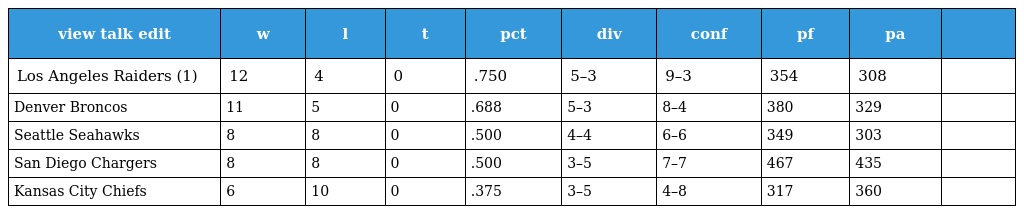
| view talk edit | w | l | t | pct | div | conf | pf | pa |  |
 | --- | --- | --- | --- | --- | --- | --- | --- | --- | --- |
 | Los Angeles Raiders (1) | 12 | 4 | 0 | .750 | 5–3 | 9–3 | 354 | 308 |  |
 | Denver Broncos | 11 | 5 | 0 | .688 | 5–3 | 8–4 | 380 | 329 |  |
 | Seattle Seahawks | 8 | 8 | 0 | .500 | 4–4 | 6–6 | 349 | 303 |  |
 | San Diego Chargers | 8 | 8 | 0 | .500 | 3–5 | 7–7 | 467 | 435 |  |
 | Kansas City Chiefs | 6 | 10 | 0 | .375 | 3–5 | 4–8 | 317 | 360 |  |